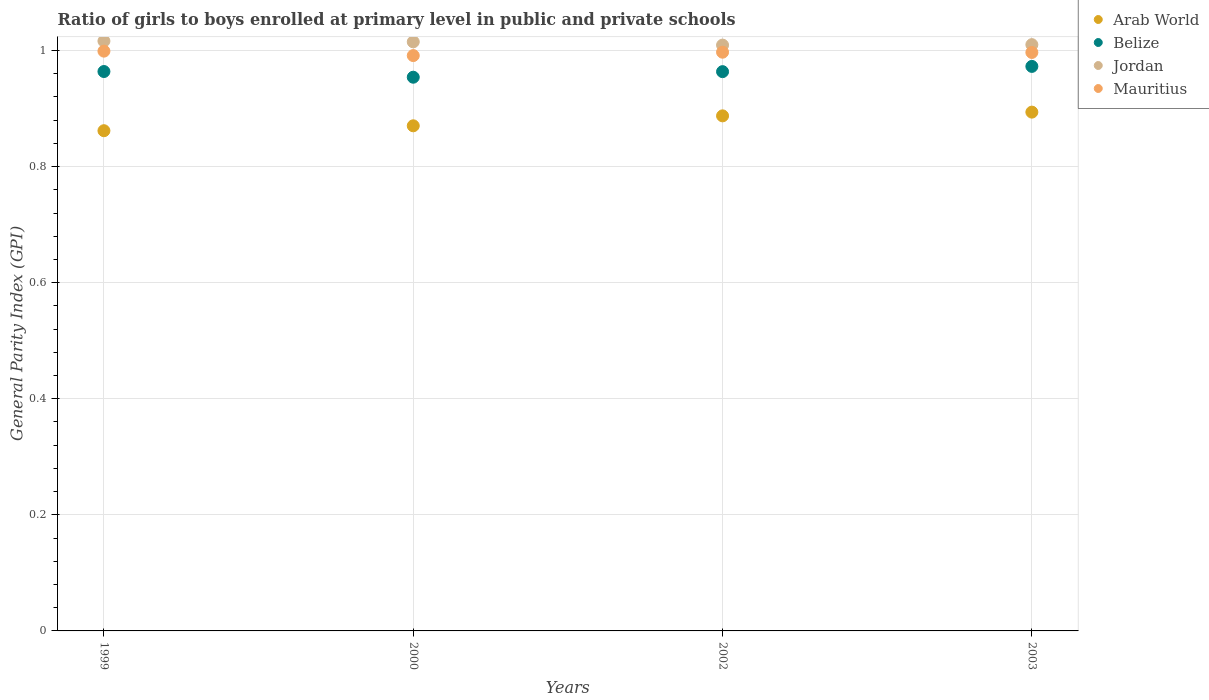
| Years | Arab World | Belize | Jordan | Mauritius |
 | --- | --- | --- | --- | --- |
 | 1999 | 0.862 | 0.964 | 1.02 | 0.999 |
 | 2000 | 0.87 | 0.954 | 1.01 | 0.991 |
 | 2002 | 0.887 | 0.964 | 1.01 | 0.997 |
 | 2003 | 0.894 | 0.973 | 1.01 | 0.997 |